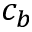
c _ { b }